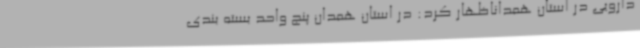
دارویی در استان همداناظهار کرد: در استان همدان پنج واحد بسته بندی